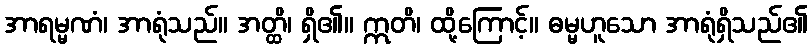
အာရမ္မဏံ၊ အာရုံသည်။ အတ္ထိ၊ ရှိ၏။ ဣတိ၊ ထို့ကြောင့်။ ဓမ္မဟူသော အာရုံရှိသည်၏